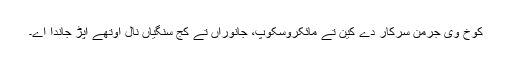
کوخ وی جرمن سرکار دے کین تے مائکروسکوپ، جانوراں تے کج سنگیاں نال اوتھے اپڑ جاندا اے۔